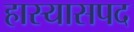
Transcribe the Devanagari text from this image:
हास्यासपद